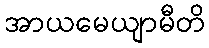
အာယမေယျာမီတိ